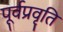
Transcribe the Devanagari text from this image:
पूर्वप्रवृति